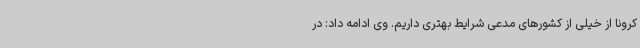
کرونا از خیلی از کشورهای مدعی شرایط بهتری داریم. وی ادامه داد: در